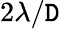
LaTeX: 2\lambda/\mathtt{D}